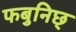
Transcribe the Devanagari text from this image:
फबुनिछ्